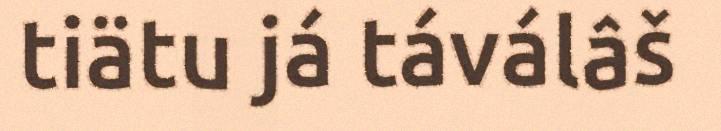
tiätu já táválâš